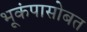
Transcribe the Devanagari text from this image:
भूकंपासोबत